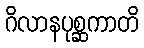
ဂိလာနပုစ္ဆကာတိ